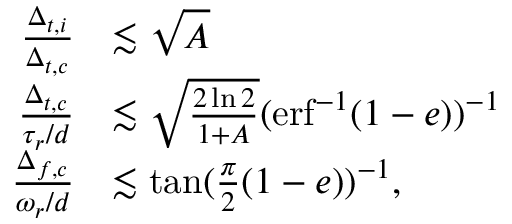
\begin{array} { r l } { \frac { \Delta _ { t , i } } { \Delta _ { t , c } } } & { \lesssim \sqrt { A } } \\ { \frac { \Delta _ { t , c } } { \tau _ { r } / d } } & { \lesssim \sqrt { \frac { 2 \ln { 2 } } { 1 + A } } ( \mathrm { e r f } ^ { - 1 } ( 1 - e ) ) ^ { - 1 } } \\ { \frac { \Delta _ { f , c } } { \omega _ { r } / d } } & { \lesssim \tan ( \frac { \pi } { 2 } ( 1 - e ) ) ^ { - 1 } , } \end{array}